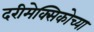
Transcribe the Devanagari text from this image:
दरीमेक्सिकोच्या